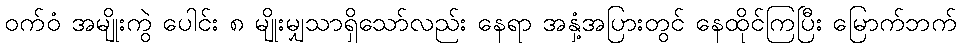
ဝက်ဝံ အမျိုးကွဲ ပေါင်း ၈ မျိုးမျှသာရှိသော်လည်း နေရာ အနှံ့အပြားတွင် နေထိုင်ကြပြီး မြောက်ဘက်